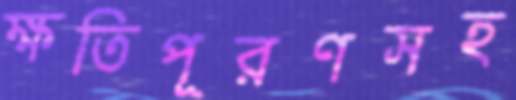
ক্ষতিপূরণসহ